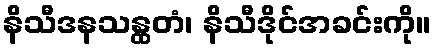
နိသီဒနသန္ထတံ၊ နိသီဒိုင်အခင်းကို။